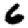
Digit: 6